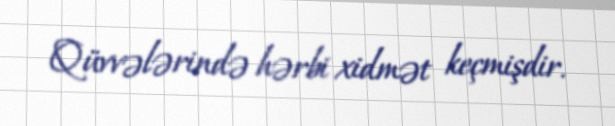
Qüvvələrində hərbi xidmət keçmişdir.